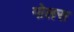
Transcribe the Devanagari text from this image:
गोलस